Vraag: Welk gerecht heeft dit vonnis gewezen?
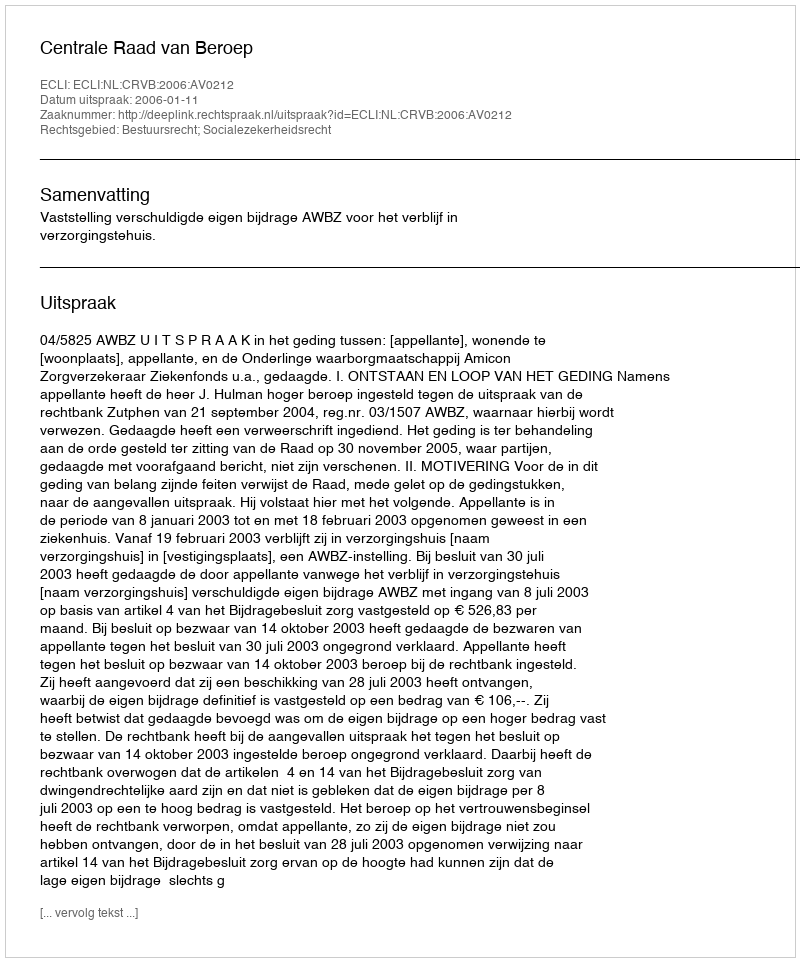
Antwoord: Centrale Raad van Beroep